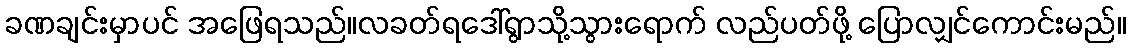
ခဏချင်းမှာပင် အဖြေရသည်။လခတ်ရဒေါ်ရွာသို့သွားရောက် လည်ပတ်ဖို့ ပြောလျှင်ကောင်းမည်။